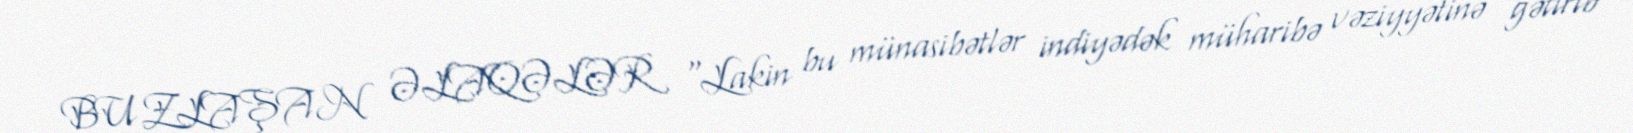
BUZLAŞAN ƏLAQƏLƏR "Lakin bu münasibətlər indiyədək müharibə vəziyyətinə gətirib